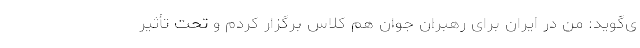
ی‌گوید: من در ایران برای رهبران جوان هم کلاس برگزار کردم و تحت تأثیر